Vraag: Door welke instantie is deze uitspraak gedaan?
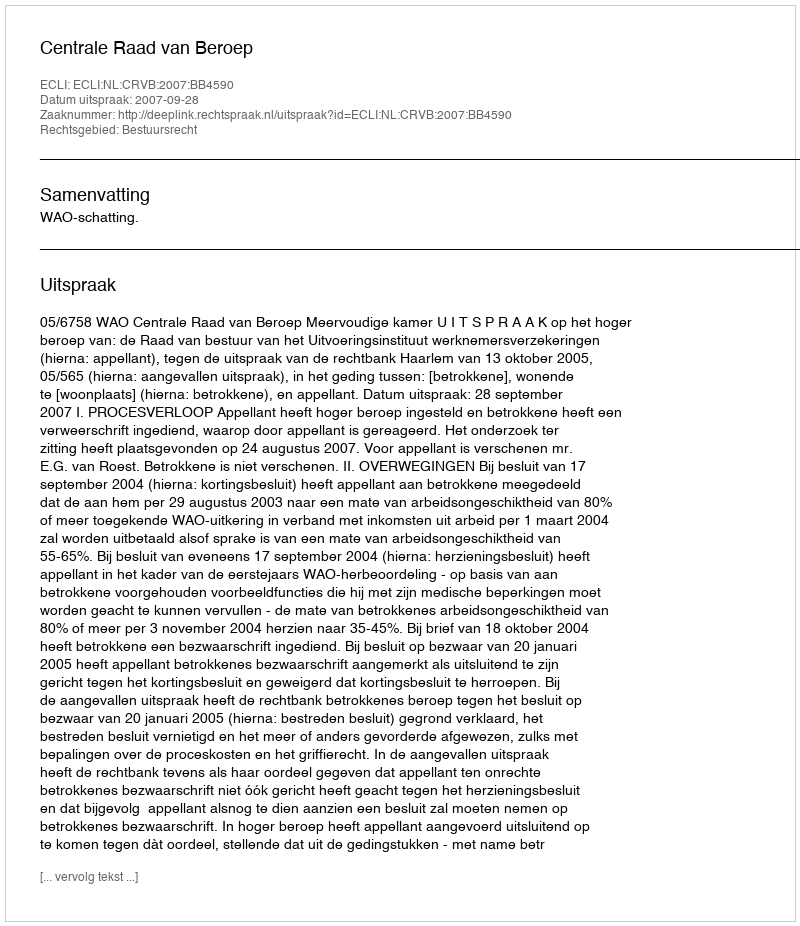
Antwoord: Centrale Raad van Beroep